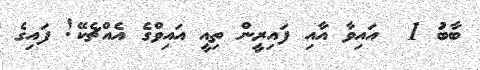
ބާބަު 1  އައިވާ އާއި ފައިރީން ތިއީ އައިވްގެ އެއްޗެކޭ! ފައިގެ